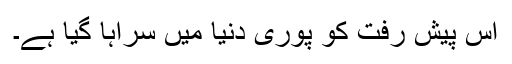
اس پیش رفت کو پوری دنیا میں سراہا گیا ہے۔